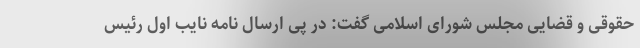
حقوقی و قضایی مجلس شورای اسلامی گفت: در پی ارسال نامه نایب اول رئیس